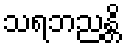
သရဘညန္တိ